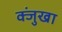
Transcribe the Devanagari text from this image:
क्जुंखा